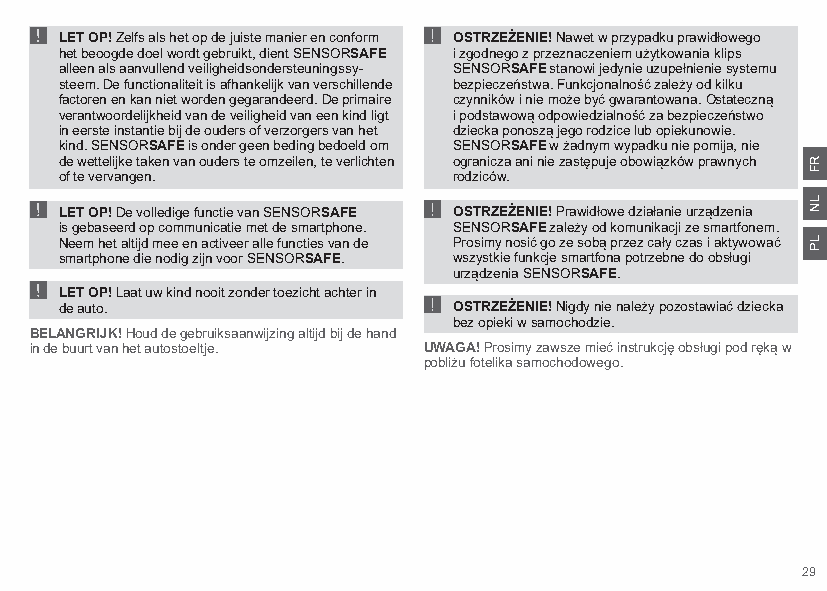
!                         !
 LET OP! Zelfs als het op de juiste manier en conform OSTRZEŻENIE! Nawet w przypadku prawidłowego
 het beoogde doel wordt gebruikt, dient SENSORSAFE i zgodnego z przeznaczeniem użytkowania klips
 alleen als aanvullend veiligheidsondersteuningssy- SENSORSAFE stanowi jedynie uzupełnienie systemu
 steem. De functionaliteit is afhankelijk van verschillende bezpieczeństwa. Funkcjonalność zależy od kilku
 factoren en kan niet worden gegarandeerd. De primaire czynników i nie może być gwarantowana. Ostateczną
 verantwoordelijkheid van de veiligheid van een kind ligt i podstawową odpowiedzialność za bezpieczeństwo
 in eerste instantie bij de ouders of verzorgers van het dziecka ponoszą jego rodzice lub opiekunowie.
 kind. SENSORSAFE is onder geen beding bedoeld om SENSORSAFE w żadnym wypadku nie pomija, nie
 de wettelijke taken van ouders te omzeilen, te verlichten ogranicza ani nie zastępuje obowiązków prawnych
 !                         !
 of te vervangen.          rodziców.
 LET OP! De volledige functie van SENSORSAFE OSTRZEŻENIE! Prawidłowe działanie urządzenia
 is gebaseerd op communicatie met de smartphone. SENSORSAFE zależy od komunikacji ze smartfonem.
 Neem het altijd mee en activeer alle functies van de Prosimy nosić go ze sobą przez cały czas i aktywować
 !
 smartphone die nodig zijn voor SENSORSAFE. ! wszystkie funkcje smartfona potrzebne do obsługi
 urządzenia SENSORSAFE.
 LET OP! Laat uw kind nooit zonder toezicht achter in
 de auto.                  OSTRZEŻENIE! Nigdy nie należy pozostawiać dziecka
 bez opieki w samochodzie.
 BELANGRIJK! Houd de gebruiksaanwijzing altijd bij de hand
 in de buurt van het autostoeltje. UWAGA! Prosimy zawsze mieć instrukcję obsługi pod ręką w
 pobliżu fotelika samochodowego.
 29
 RF
 LN
 LP